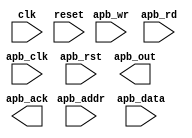
module APB_controller (
    input wire clk,
    input wire reset,
    // APB bus signals
    input wire apb_clk,
    input wire apb_rst,
    input wire [31:0] apb_addr,
    input wire [31:0] apb_data,
    input wire apb_wr,
    input wire apb_rd,
    output wire [31:0] apb_out,
    output wire apb_ack
);

// Timing control and synchronization logic here

endmodule